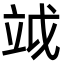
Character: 𥩡